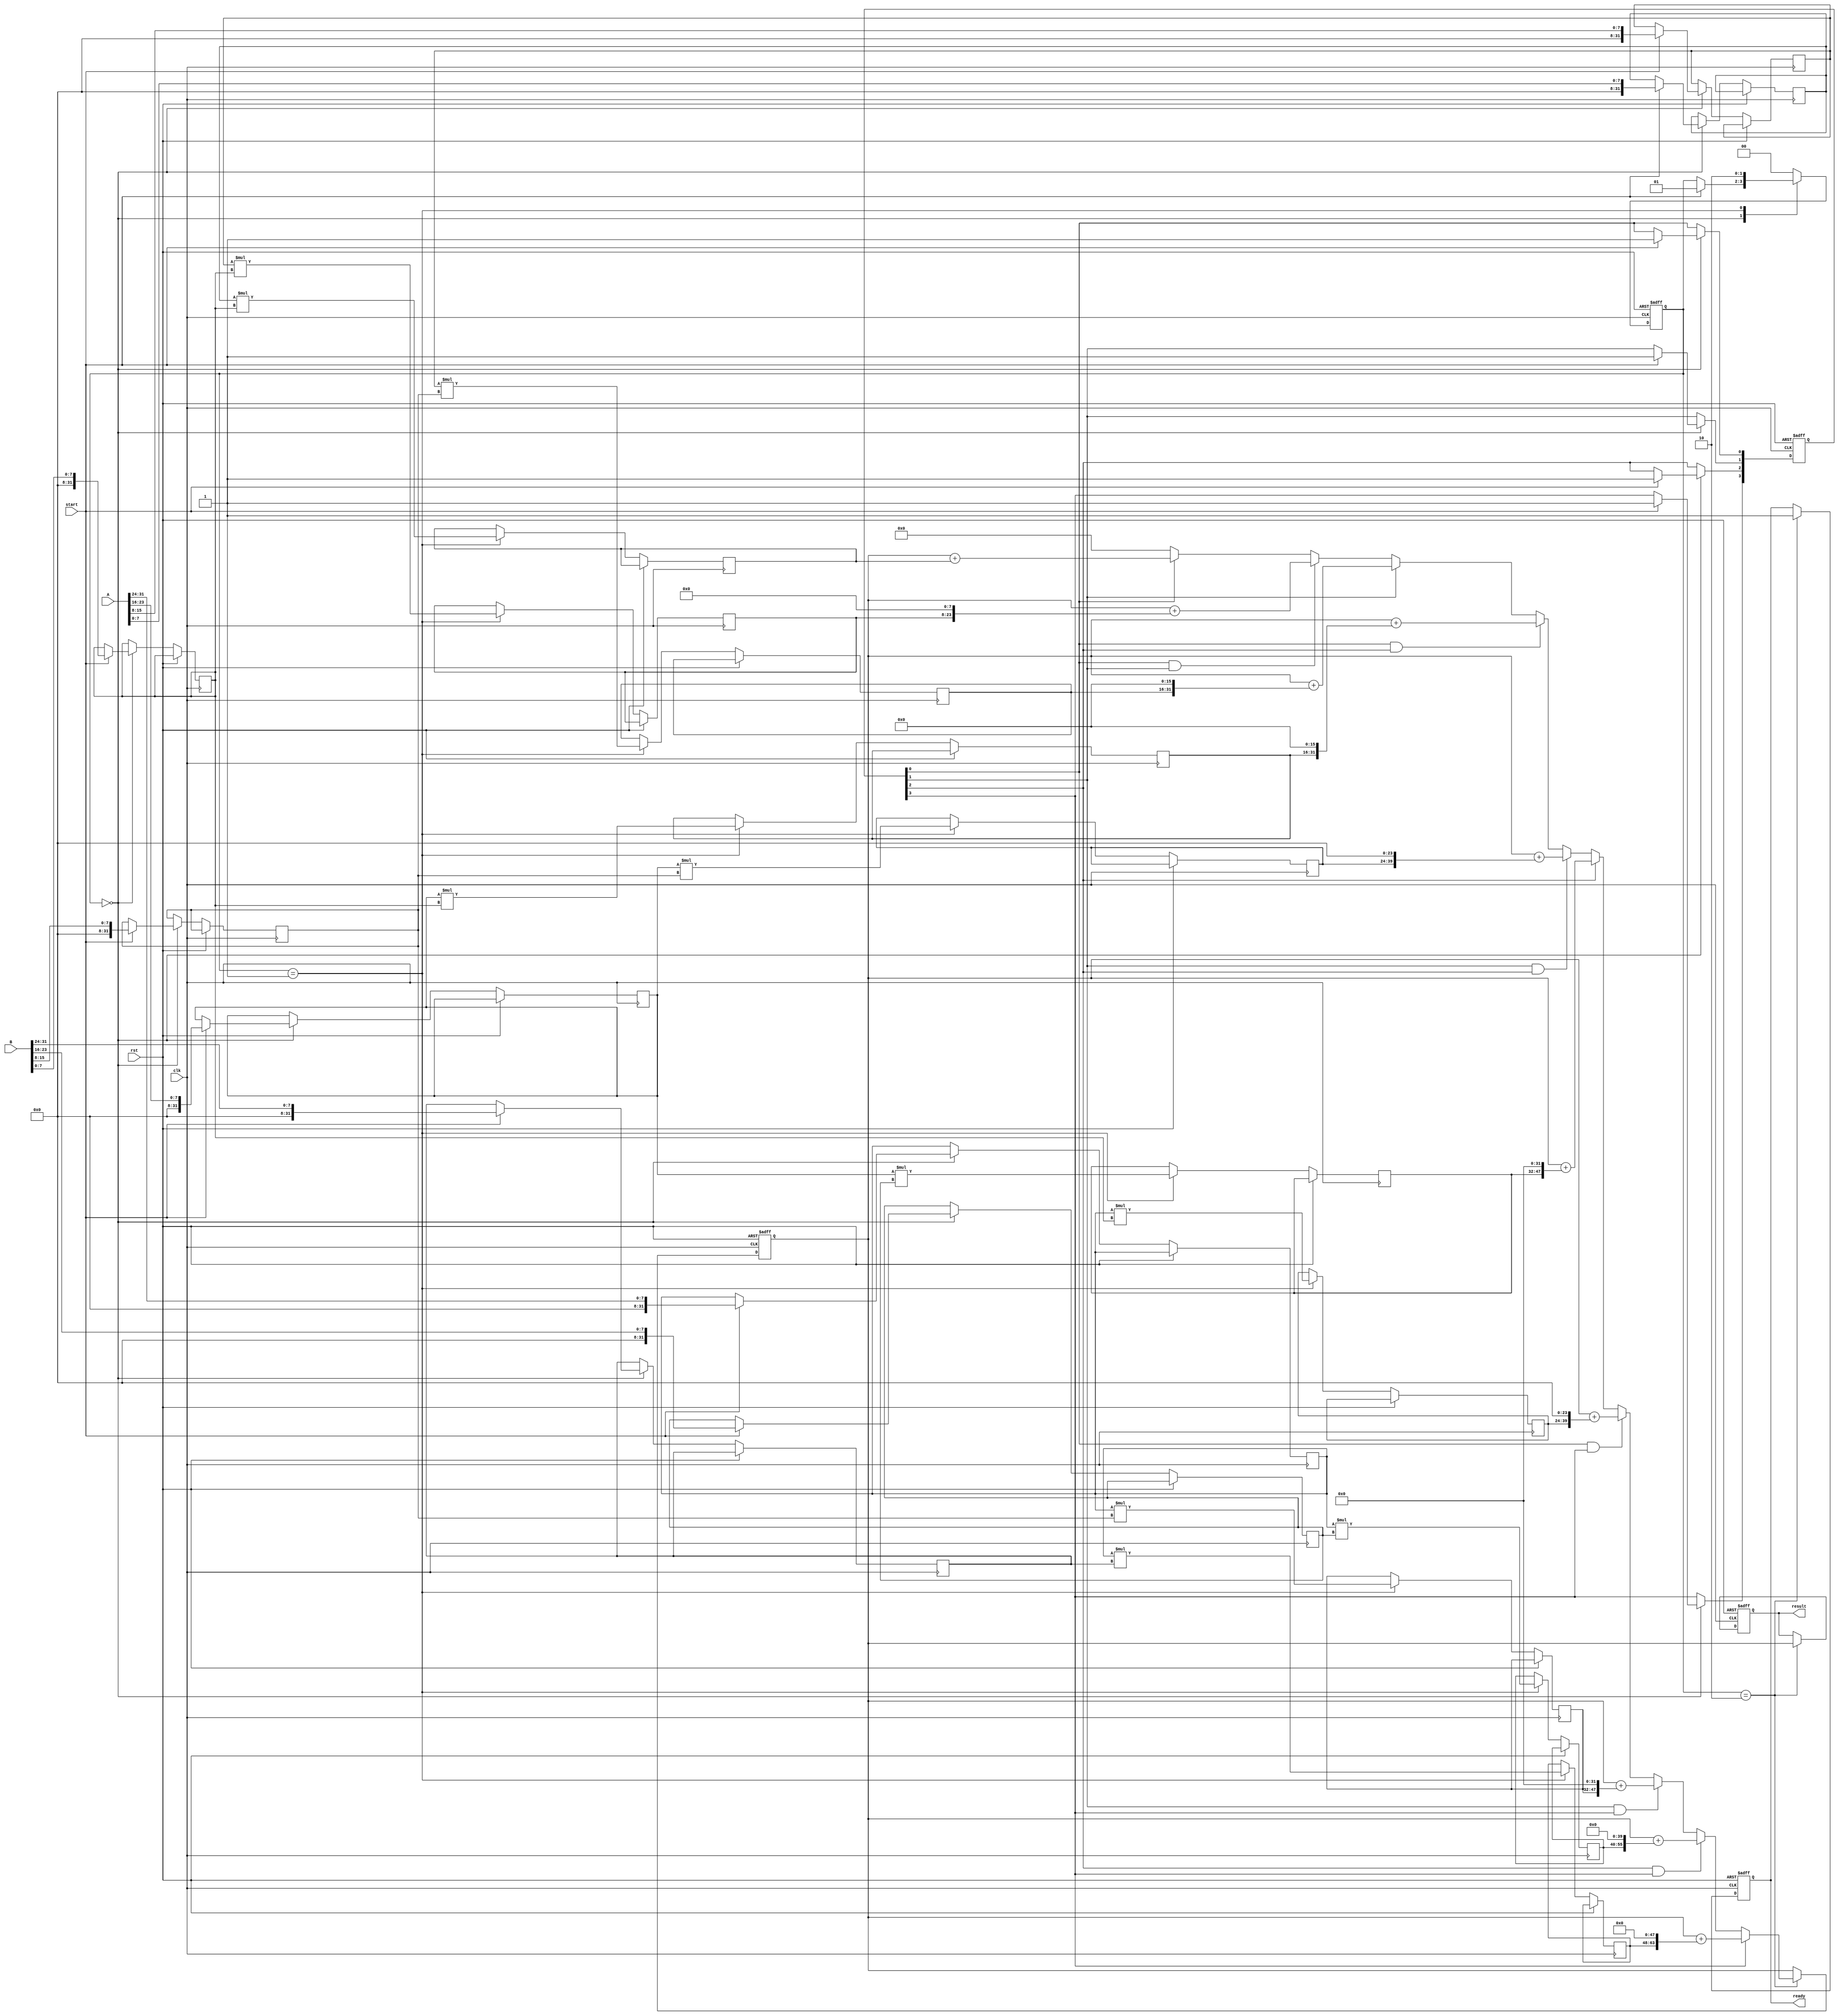
module PipelinedSlicedMultiplier #(
    parameter DATA_WIDTH = 32,  // Width of input data
    parameter SLICE_SIZE = 8     // Size of each slice
)(
    input clk,
    input rst,
    input [DATA_WIDTH-1:0] A,   // First operand
    input [DATA_WIDTH-1:0] B,   // Second operand
    input start,                 // Start signal for multiplication
    output reg [2*DATA_WIDTH-1:0] result, // Final result
    output reg ready             // Indicates when the result is ready
);

    // Number of slices based on data width and slice size
    localparam NUM_SLICES = DATA_WIDTH / SLICE_SIZE;

    // Intermediate variables
    reg [DATA_WIDTH-1:0] A_sl [0:NUM_SLICES-1];
    reg [DATA_WIDTH-1:0] B_sl [0:NUM_SLICES-1];
    reg [2*SLICE_SIZE-1:0] partial_products [0:NUM_SLICES-1][0:NUM_SLICES-1];
    reg [2*DATA_WIDTH-1:0] sum_reg;
    reg [NUM_SLICES-1:0] valid;   // Valid flags for slices

    // State Control
    reg [1:0] state;              // State variable for pipelining
    localparam IDLE = 2'b00, GENERATE = 2'b01, ACCUMULATE = 2'b10;

    integer i, j;

    always @(posedge clk or posedge rst) begin
        if (rst) begin
            state <= IDLE;
            ready <= 0;
            result <= 0;
            sum_reg <= 0;
            valid <= 0;
        end else begin
            case (state)
                IDLE: begin
                    if (start) begin
                        // Slice the operands and generate partial products
                        for (i = 0; i < NUM_SLICES; i = i + 1) begin
                            A_sl[i] <= A[(i+1)*SLICE_SIZE-1:i*SLICE_SIZE];
                            B_sl[i] <= B[(i+1)*SLICE_SIZE-1:i*SLICE_SIZE];
                            valid[i] <= 1; // marking the current slice as valid
                        end
                        state <= GENERATE;
                    end
                end
                
                GENERATE: begin
                    for (i = 0; i < NUM_SLICES; i = i + 1) begin
                        for (j = 0; j < NUM_SLICES; j = j + 1) begin
                            partial_products[i][j] <= A_sl[i] * B_sl[j];
                        end
                    end
                    state <= ACCUMULATE;
                end
                
                ACCUMULATE: begin
                    sum_reg <= 0;
                    for (i = 0; i < NUM_SLICES; i = i + 1) begin
                        for (j = 0; j < NUM_SLICES; j = j + 1) begin
                            if (valid[i] && valid[j]) begin
                                sum_reg <= sum_reg + (partial_products[i][j] << (SLICE_SIZE * (i + j)));
                            end
                        end
                    end
                    result <= sum_reg; // Store the final result
                    ready <= 1; // Set ready flag
                    state <= IDLE; // Go back to IDLE
                end
                
                default: state <= IDLE;
            endcase
        end
    end
endmodule